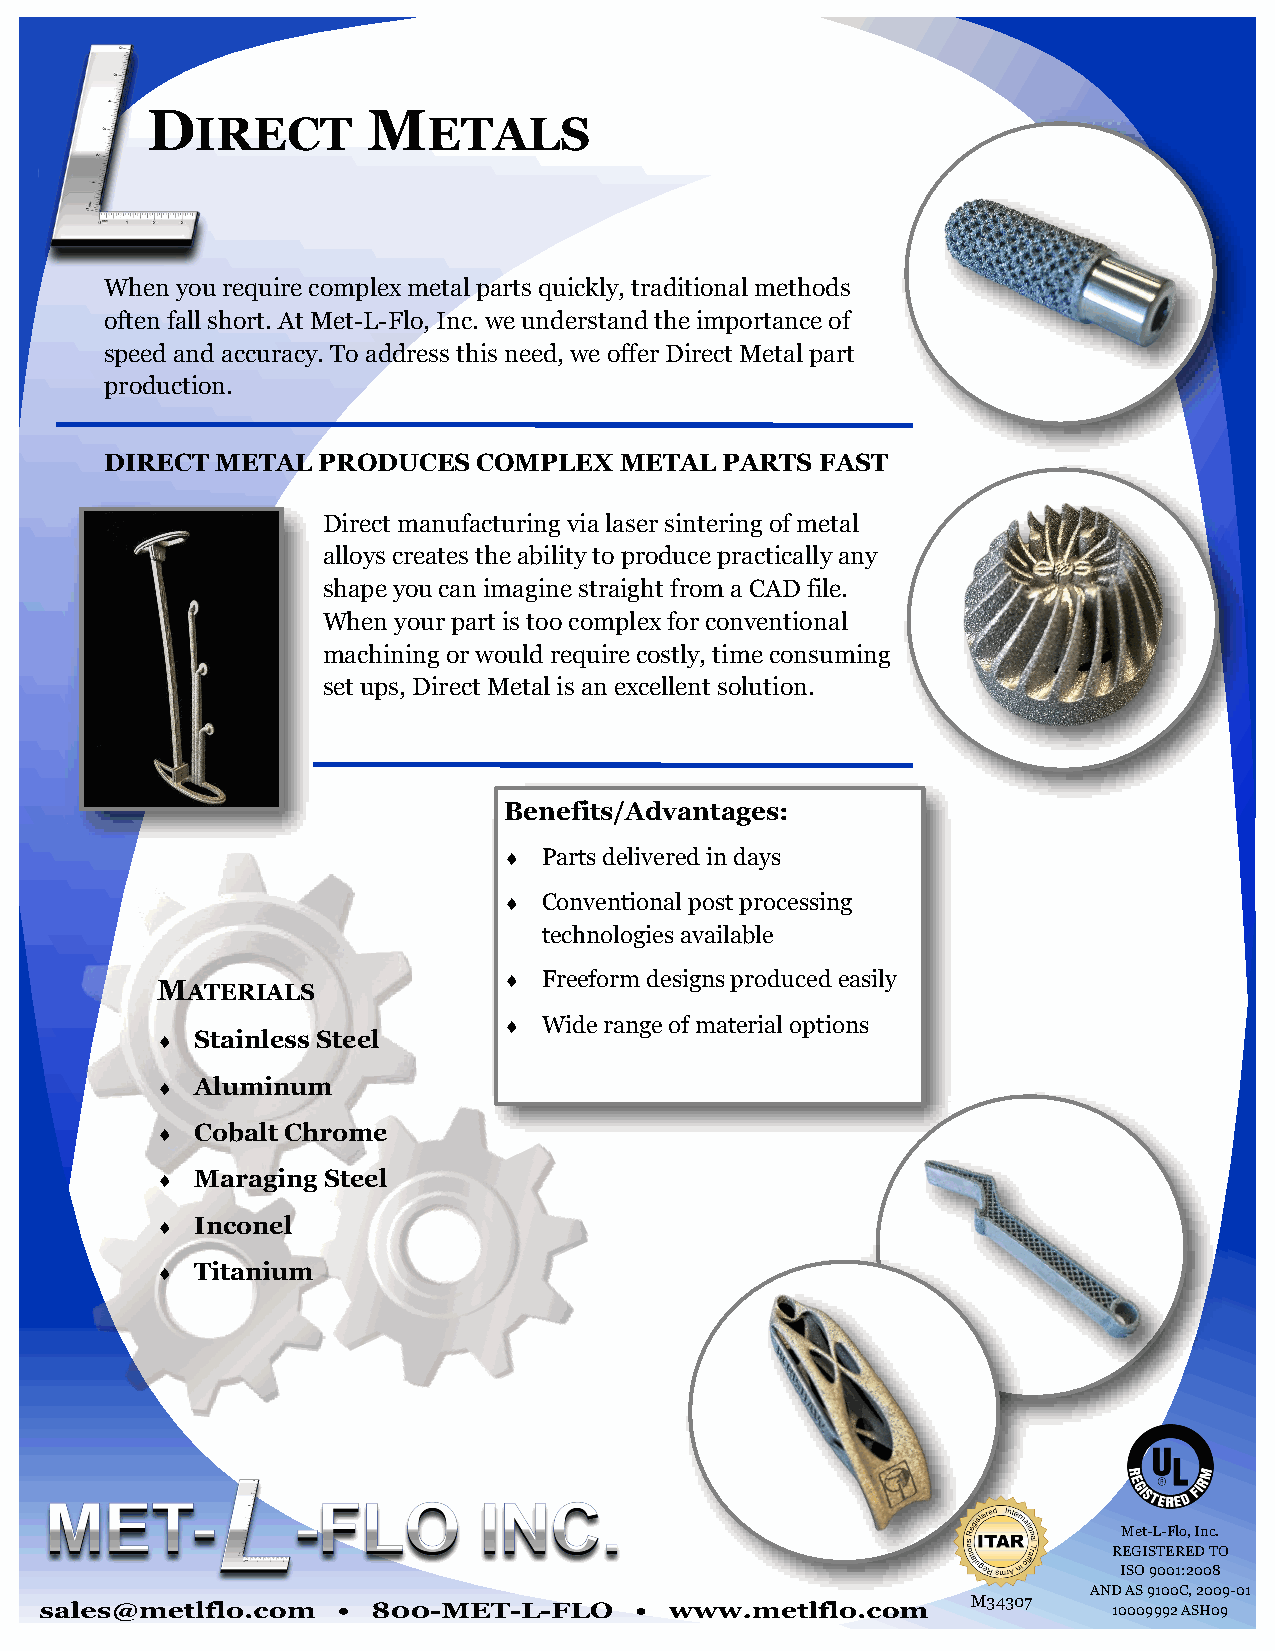
D             M
 IRECT          ETALS
 When you require complex metal parts quickly, traditional methods
 often fall short. At Met-L-Flo, Inc. we understand the importance of
 speed and accuracy. To address this need, we offer Direct Metal part
 production.
 DIRECT METAL  PRODUCES   COMPLEX  METAL  PARTS FAST
 Direct manufacturing via laser sintering of metal
 alloys creates the ability to produce practically any
 shape you can imagine straight from a CAD file.
 When your part is too complex for conventional
 machining or would require costly, time consuming
 set ups, Direct Metal is an excellent solution.
 Benefits/Advantages:
   Parts delivered in days
   Conventional post processing
 technologies available
 MATERIALS                Freeform designs produced easily
   Wide range of material options
   Stainless Steel
   Aluminum
   Cobalt Chrome
   Maraging Steel
   Inconel
   Titanium
 Met-L-Flo, Inc.
 REGISTERED TO
 ISO 9001:2008
 AND AS 9100C, 2009-01
 M34307
 10009992 ASH09